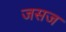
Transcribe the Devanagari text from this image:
जसज